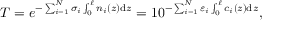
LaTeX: T = e ^ { - \sum _ { i = 1 } ^ { N } \sigma _ { i } \int _ { 0 } ^ { \ell } n _ { i } ( z ) \mathrm { d } z } = 1 0 ^ { - \sum _ { i = 1 } ^ { N } \varepsilon _ { i } \int _ { 0 } ^ { \ell } c _ { i } ( z ) \mathrm { d } z } ,